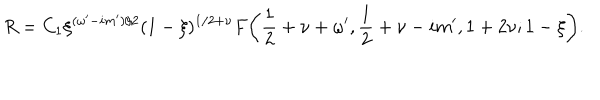
LaTeX: R = C _ { 1 } \xi ^ { ( \omega ^ { \prime } - i m ^ { \prime } ) / 2 } ( 1 - \xi ) ^ { 1 / 2 + \nu } F \bigg ( \frac 1 2 + \nu + \omega ^ { \prime } , \frac 1 2 + \nu - i m ^ { \prime } , 1 + 2 \nu ; 1 - \xi \bigg ) .